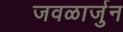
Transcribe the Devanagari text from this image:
जवळार्जुन